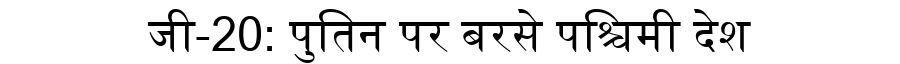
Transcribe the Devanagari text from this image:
जी-20: पुतिन पर बरसे पश्चिमी देश